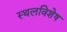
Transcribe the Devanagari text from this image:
स्थलविशेष